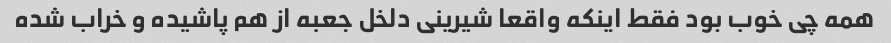
همه چی خوب بود فقط اینکه واقعا شیرینی دلخل جعبه از هم پاشیده و خراب شده